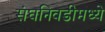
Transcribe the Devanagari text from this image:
संघनिवडीमध्ये